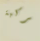
الركبة